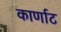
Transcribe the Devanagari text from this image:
कार्णाट